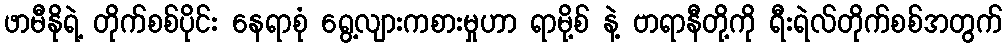
ဖာမီနိုရဲ့ တိုက်စစ်ပိုင်း နေရာစုံ ရွေ့လျားကစားမှုဟာ ရာမို့စ် နဲ့ ဗာရာနီတို့ကို ရီးရဲလ်တိုက်စစ်အတွက်